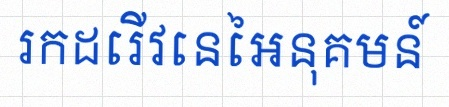
រកដេរីវេនៃអនុគមន៍